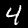
Label: 4